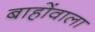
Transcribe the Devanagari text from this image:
बाहोंवाला